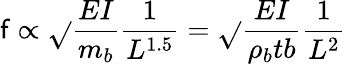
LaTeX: \mathsf{f}\propto\sqrt{}{{\frac{{EI}}{{m_{b}}}}}\frac{{1}}{{L^{1.5}}}=\sqrt{}{{\frac{{EI}}{{\rho_{b}tb}}}}\frac{{1}}{{L^{2}}}